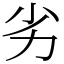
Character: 劣